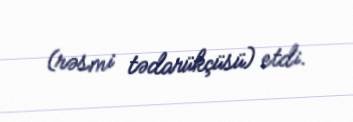
(rəsmi tədarükçüsü) etdi.